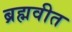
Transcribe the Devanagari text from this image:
ब्रह्मवीत